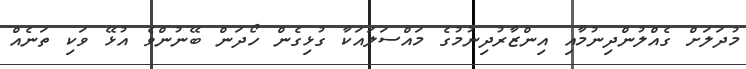
މުދަލަށް ގެއްލުންދިނުމާއި އިންޒާރުދިނުމުގެ މައްސަލައަކާ ގުޅިގެން ހޯދަން ބޭނުންވެ އުޅޭ ވަކި ތަނެއް